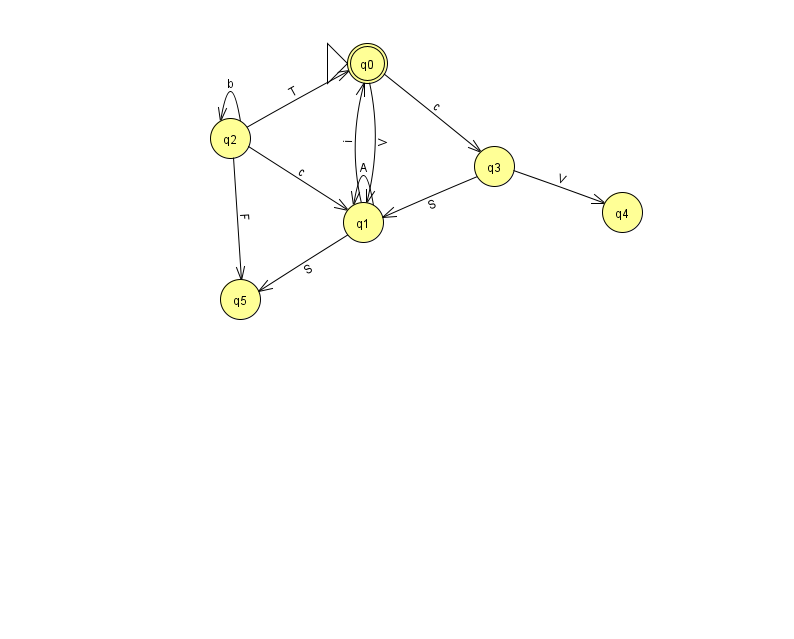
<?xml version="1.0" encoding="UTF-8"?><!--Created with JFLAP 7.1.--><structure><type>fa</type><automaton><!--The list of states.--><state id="0" name="q0"><x>367.0</x><y>50.0</y><initial/><final/></state><state id="1" name="q1"><x>363.0</x><y>209.0</y></state><state id="2" name="q2"><x>230.0</x><y>125.0</y></state><state id="3" name="q3"><x>494.0</x><y>153.0</y></state><state id="4" name="q4"><x>622.0</x><y>199.0</y></state><state id="5" name="q5"><x>240.0</x><y>286.0</y></state><!--The list of transitions.--><transition><from>1</from><to>1</to><read>A</read></transition><transition><from>1</from><to>0</to><read>i</read></transition><transition><from>2</from><to>2</to><read>b</read></transition><transition><from>2</from><to>5</to><read>F</read></transition><transition><from>2</from><to>0</to><read>T</read></transition><transition><from>3</from><to>1</to><read>S</read></transition><transition><from>3</from><to>4</to><read>V</read></transition><transition><from>1</from><to>5</to><read>S</read></transition><transition><from>0</from><to>1</to><read>V</read></transition><transition><from>0</from><to>3</to><read>c</read></transition><transition><from>2</from><to>1</to><read>c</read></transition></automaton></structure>